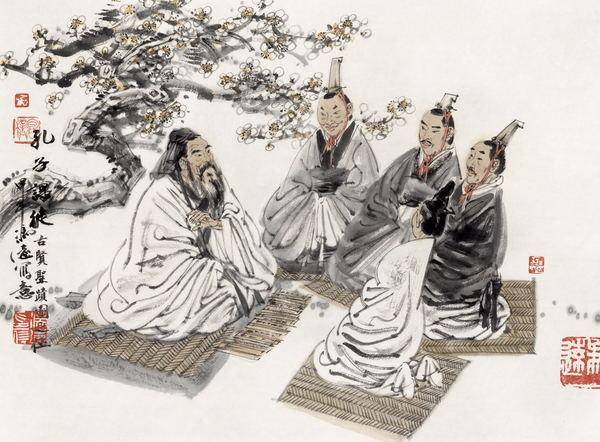
自暴者，不可与有言也自弃者，不可与有为也。